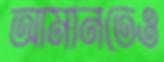
আমানতেও